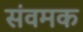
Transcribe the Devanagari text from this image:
संवमक